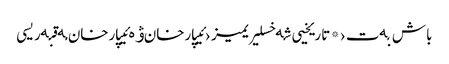
باش بەت › * تاریخیی شەخسلیریمیز › ئیپارخان ۋە ئیپارخان مەقبەریسی